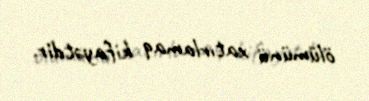
ölümünü xatırlamaq kifayətdir.